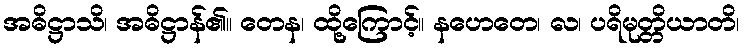
အဓိဋ္ဌာသိ၊ အဓိဋ္ဌာန်၏။ တေန၊ ထို့ကြောင့်။ နဟေတေ၊ လ၊ ပရိမုတ္တိယာတိ၊